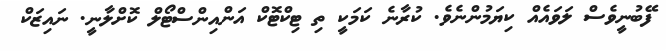
ފޭބުނީވެސް ލަވައެއް ކިޔަމުންނެވެ. ކުރާނެ ކަމަކީ ތި ޓިކްޓޮކް އަންއިންސްޓޯލް ކޮށްލާނީ. ނައިޒަކް